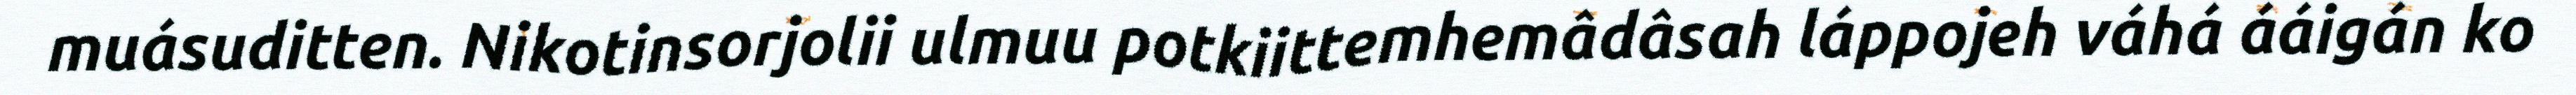
muásuditten. Nikotinsorjolii ulmuu potkiittemhemâdâsah láppojeh váhá ááigán ko